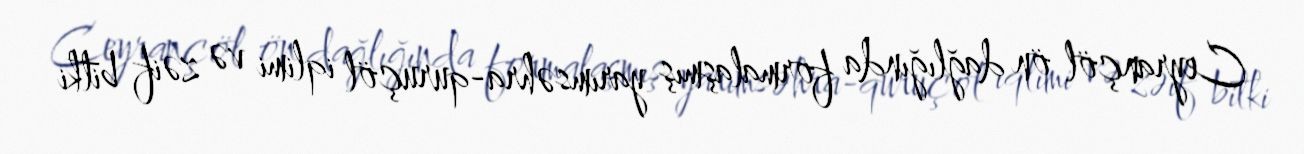
Ceyrançöl ön dağlığında formalaşmış yarımsəhra-quruçöl iqlimi və zəif bitki